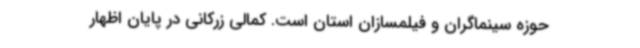
حوزه سینماگران و فیلمسازان استان است. کمالی زرکانی در پایان اظهار